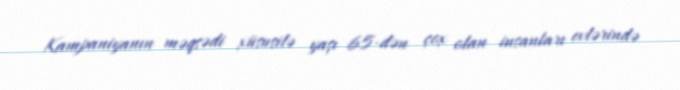
Kampaniyanın məqsədi xüsusilə yaşı 65-dən çox olan insanları evlərində